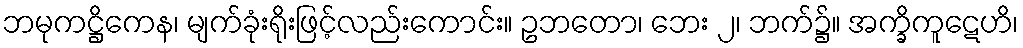
ဘမုကဋ္ဌိကေန၊ မျက်ခုံးရိုးဖြင့်လည်းကောင်း။ ဥဘတော၊ ဘေး ၂၊ ဘက်၌။ အက္ခိကူဋေဟိ၊